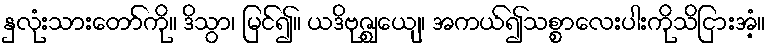
နှလုံးသားတော်ကို။ ဒိသွာ၊ မြင်၍။ ယဒိဗုဇ္ဈေယျ၊ အကယ်၍သစ္စာလေးပါးကိုသိငြားအံ့။